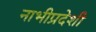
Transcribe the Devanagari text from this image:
नाभीप्रदेशी